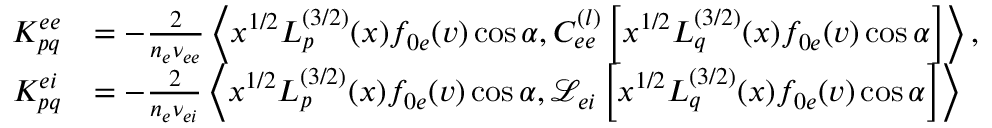
\begin{array} { r l } { K _ { p q } ^ { e e } } & { = - \frac { 2 } { n _ { e } \nu _ { e e } } \left< x ^ { 1 / 2 } L _ { p } ^ { ( 3 / 2 ) } ( x ) f _ { 0 e } ( v ) \cos \alpha , C _ { e e } ^ { ( l ) } \left[ x ^ { 1 / 2 } L _ { q } ^ { ( 3 / 2 ) } ( x ) f _ { 0 e } ( v ) \cos \alpha \right] \right> , } \\ { K _ { p q } ^ { e i } } & { = - \frac { 2 } { n _ { e } \nu _ { e i } } \left< x ^ { 1 / 2 } L _ { p } ^ { ( 3 / 2 ) } ( x ) f _ { 0 e } ( v ) \cos \alpha , \mathcal { L } _ { e i } \left[ x ^ { 1 / 2 } L _ { q } ^ { ( 3 / 2 ) } ( x ) f _ { 0 e } ( v ) \cos \alpha \right] \right> } \end{array}